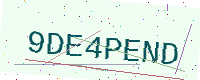
Text: 9DE4PEND